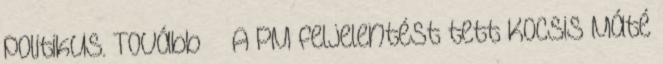
politikus. Tovább › ›A PM feljelentést tett Kocsis Máté